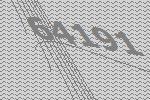
64191